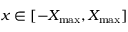
x \in [ - X _ { \operatorname* { m a x } } , X _ { \operatorname* { m a x } } ]